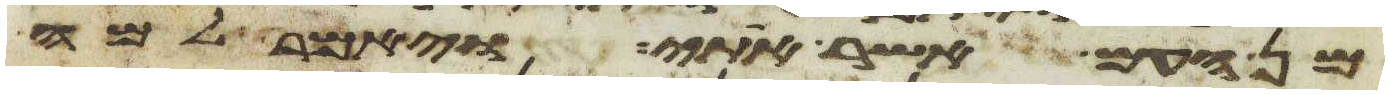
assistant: מן העם אשר אתי ויאמר למה